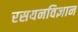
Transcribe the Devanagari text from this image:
रसयनविज्ञान